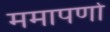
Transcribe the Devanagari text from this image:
ममापर्णा